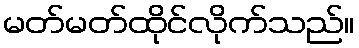
မတ်မတ်ထိုင်လိုက်သည်။